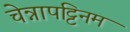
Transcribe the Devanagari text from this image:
चेन्नापट्टिनम